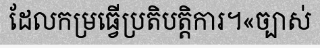
ដែលកម្រធ្វើប្រតិបត្តិការ។«ច្បាស់